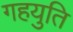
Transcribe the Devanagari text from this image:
गहयुति